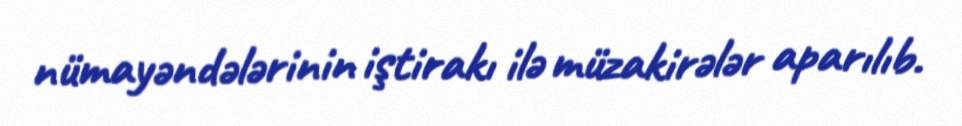
nümayəndələrinin iştirakı ilə müzakirələr aparılıb.